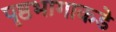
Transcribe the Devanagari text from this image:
पृष्ठभागाकडे